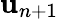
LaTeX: \mathbf{u}_{n+1}